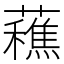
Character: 䕴